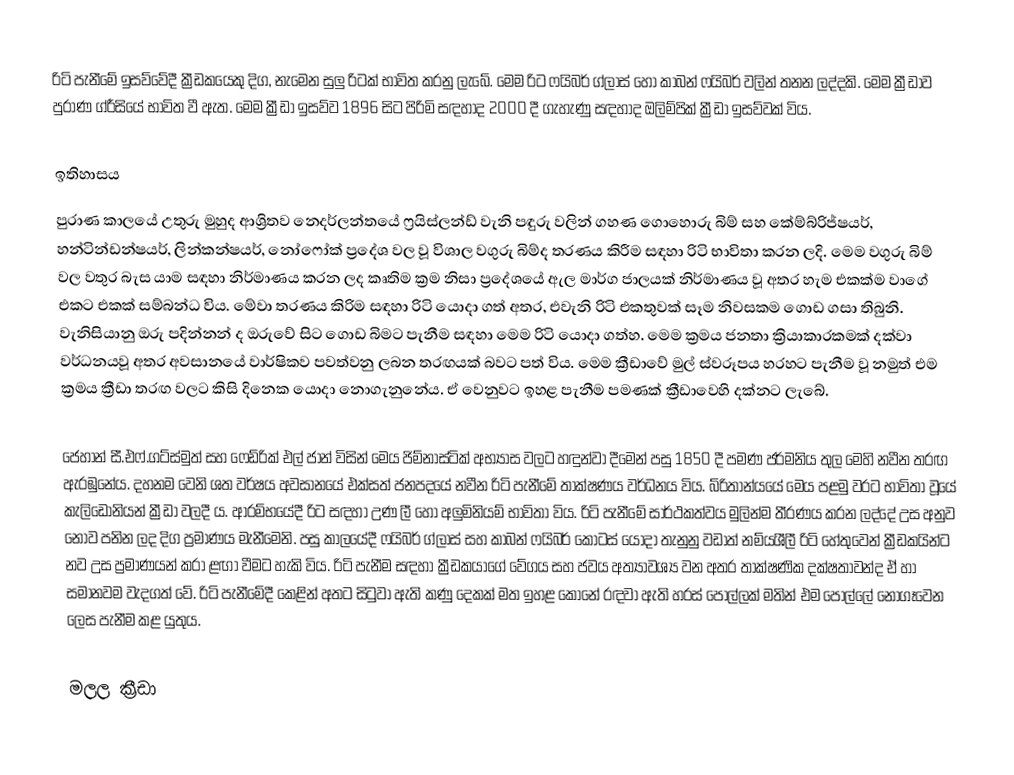
රිටි පැනීමේ ඉසව්වේදී ක්‍රීඩකයෙකු දිග, නැමෙන සුලු රිටක් භාවිත කරනු ලැබේ. මෙම රිට ෆයිබර් ග්ලාස් හෝ කාබන් ෆයිබර් වලින් තනන ලද්දකි. මෙම ක්‍රීඩාව පුරාණ ග්රීසියේ භාවිත වී ඇත. මෙම ක්‍රීඩා ඉසව්ව 1896 සිට පිරිමි සඳහාද 2000 දී ගැහැණු සඳහාද ඔලිම්පික් ක්‍රීඩා ඉසව්වක් විය.

ඉතිහාසය
පුරාණ කාලයේ උතුරු මුහුද ආශ්‍රිතව නෙදර්ලන්තයේ ෆ්‍රයිස්ලන්ඩ් වැනි පඳුරු වලින් ගහණ ගොහොරු බිම් සහ කේම්බ්රිජ්ෂයර්, හන්ටින්ඩන්ෂයර්, ලින්කන්ෂයර්, නෝෆෝක් ප්‍රදේශ වල වූ විශාල වගුරු බිම්ද තරණය කිරීම සඳහා රිටි භාවිතා කරන ලදි. මෙම වගුරු බිම් වල වතුර බැස යාම සඳහා නිර්මාණය කරන ලද කෘතිම ක්‍රම නිසා ප්‍රදේශයේ ඇල මාර්ග ජාලයක් නිර්මාණය වූ අතර හැම එකක්ම වාගේ එකට එකක් සම්බන්ධ විය. මේවා තරණය කිරිම සඳහා රිටි යොදා ගත් අතර, එවැනි රිටි එකතුවක් සෑම නිවසකම ගොඩ ගසා තිබුනි. වැනිසියානු ඔරු පදින්නන් ද ඔරුවේ සිට ගොඩ බිමට පැනීම සඳහා මෙම රිටි යොදා ගත්හ. මෙම ක්‍රමය ජනතා ක්‍රියාකාරකමක් දක්වා වර්ධනයවූ අතර අවසානයේ වාර්ෂිකව පවත්වනු ලබන තරඟයක් බවට පත් විය. මෙම ක්‍රීඩාවේ මුල් ස්වරූපය හරහට පැනීම වූ නමුත් එම ක්‍රමය ක්‍රීඩා තරඟ වලට කිසි දිනෙක යොදා නොගැනුනේය. ඒ වෙනුවට ඉහළ පැනීම පමණක් ක්‍රීඩාවෙහි දක්නට ලැබේ.

ජෙහාන් සී.එෆ්.ගට්ස්මුත් සහ ෆෙඩ්රික් එල් ජාන් විසින් මෙය ජිම්නාස්ටික්  අභ්‍යාස වලට හඳුන්වා දීමෙන් පසු 1850 දී පමණ ජර්මනිය තුල මෙහි නවීන තරඟ ඇරඹුනේය. දහනම වෙනි ශත වර්ෂය අවසානයේ එක්සත් ජනපදයේ නවීන රිටි පැනීමේ තාක්ෂණය වර්ධනය විය. බ්රිතාන්යයේ මෙය පළමු වරට භාවිතා වූයේ කැලිඩෝනියන් ක්‍රීඩා වලදී ය. ආරම්භයේදී රිට සඳහා උණ ලී හෝ අලුමිනියම් භාවිතා විය. රිටි පැනීමේ සාර්ථකත්වය මුලින්ම තීරණය  කරන ලද්දේ උස අනුව නොව පනින ලද දිග ප්‍රමාණය මැනීමෙනි. පසු කාලයේදී ෆයිබර් ග්ලාස් සහ කාබන් ෆයිබර් කොටස් යොදා තැනුනු වඩාත් නම්යශීලී රිටි හේතුවෙන් ක්‍රීඩකයින්ට නව උස ප්‍රමාණයන් කරා ළඟා වීමට හැකි විය. රිටි පැනීම   සඳහා ක්‍රීඩකයාගේ වේගය සහ ජවය අත්‍යාවශ්‍ය වන අතර තාක්ෂණික දක්ෂතාවන්ද ඒ හා සමානවම වැදගත් වේ. රිටි පැනීමේදී කෙළින් අතට සිටුවා ඇති කණු දෙකක් මත ඉහළ කොනේ රඳවා ඇති හරස් පොල්ලක් මතින් එම පොල්ලේ නොගෑවෙන ලෙස පැනීම කළ යුතුය.

මලල ක්‍රීඩා